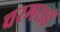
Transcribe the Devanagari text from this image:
चरमराई